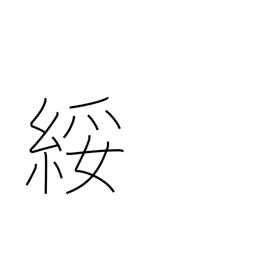
Meaning: cheap